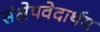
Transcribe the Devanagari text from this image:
संक्षेपवेदार्थम